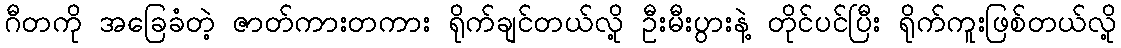
ဂီတကို အခြေခံတဲ့ ဇာတ်ကားတကား ရိုက်ချင်တယ်လို့ ဦးမီးပွားနဲ့ တိုင်ပင်ပြီး ရိုက်ကူးဖြစ်တယ်လို့